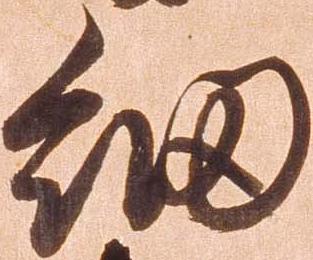
細